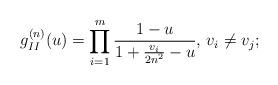
LaTeX: \begin{align*} g_{II}^{(n)} (u) = \prod_{i = 1}^m \frac{1 - u }{ 1 + \frac{v_i}{2n^2} - u }, \, v_i \ne v_j ; \end{align*}